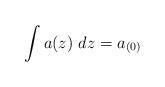
LaTeX: \begin{align*}\int a(z)\ dz=a_{(0)}\end{align*}